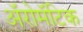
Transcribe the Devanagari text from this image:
अॅरोमॅटिक